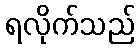
ရလိုက်သည်